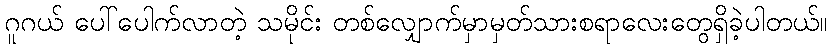
ဂူဂယ် ပေါ်ပေါက်လာတဲ့ သမိုင်း တစ်လျှောက်မှာမှတ်သားစရာလေးတွေရှိခဲ့ပါတယ်။